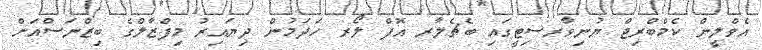
އެވްލީން ކެމްބްރިޖް ޔުނިވާރސިޓީގައި ބެޗެލާރ އޮފް ލޯރ ހަދަމުން ދިޔައިރު މިފްޒާލްގެ ބިޒްނަސްއަށް